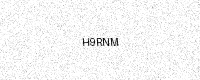
Text: H9RNM